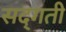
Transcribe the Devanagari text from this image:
सद्‌गती